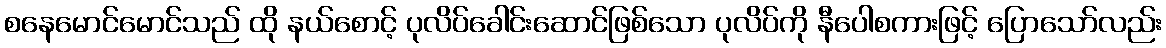
စနေမောင်မောင်သည် ထို နယ်စောင့် ပုလိပ်ခေါင်းဆောင်ဖြစ်သော ပုလိပ်ကို နီပေါစကားဖြင့် ပြောသော်လည်း